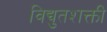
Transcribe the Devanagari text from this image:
विद्युतशक्ती